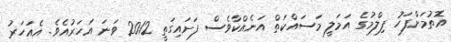
އޮތުމަށްފަހު ފިލްމުގެ އަމަލީ މަސައްކަތް އަނެއްކާވެސް ފަށައިގަތީ 2012 ވަނަ އަހަރުއެވެ. އެއަހަރު